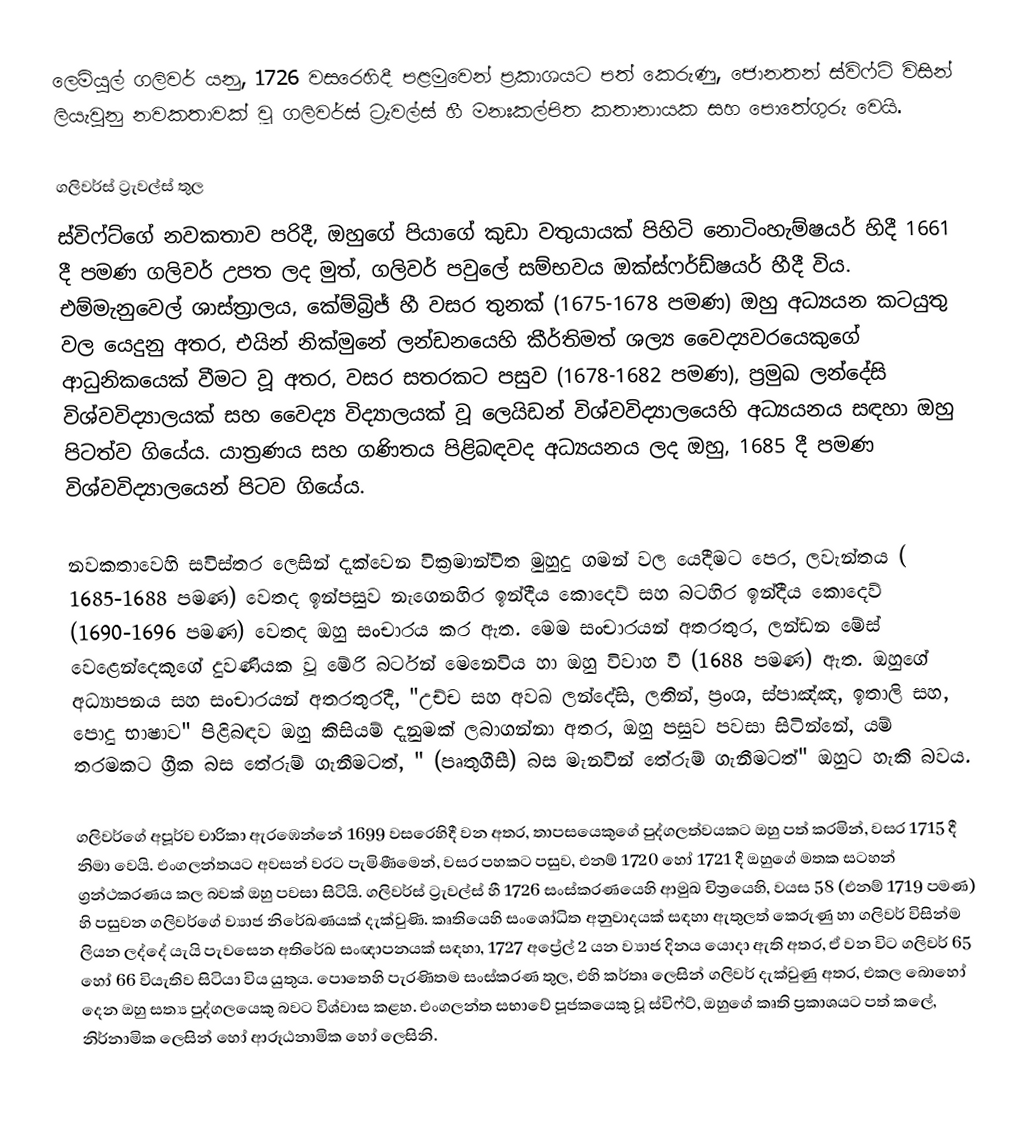
ලෙමියුල් ගලිවර් යනු, 1726 වසරෙහිදී පළමුවෙන් ප්‍රකාශයට පත් කෙරුණු,  ජොනතන් ස්විෆ්ට් විසින් ලියැවුනු නවකතාවක් වූ  ගලිවර්ස් ට්‍රැවල්ස් හී මනඃකල්පිත කතානායක සහ පොතේගුරු වෙයි.

ගලිවර්ස් ට්‍රැවල්ස් තුල
ස්විෆ්ට්ගේ නවකතාව පරිදී, ඔහුගේ පියාගේ කුඩා වතුයායක් පිහිටි නොටිංහැම්ෂයර් හිදී 1661 දී පමණ  ගලිවර් උපත ලද මුත්, ගලිවර් පවුලේ සම්භවය ඔක්ස්ෆර්ඩ්ෂයර් හීදී විය. එම්මැනුවෙල් ශාස්ත්‍රාලය, කේම්බ්‍රිජ් හී වසර තුනක් (1675-1678 පමණ) ඔහු අධ්‍යයන කටයුතු වල යෙදුනු අතර, එයින් නික්මුනේ ලන්ඩනයෙහි  කීර්තිමත් ශල්‍ය වෛද්‍යවරයෙකුගේ ආධුනිකයෙක් වීමට වූ අතර, වසර සතරකට පසුව (1678-1682 පමණ), ප්‍රමුඛ ලන්දේසි විශ්වවිද්‍යාලයක් සහ වෛද්‍ය විද්‍යාලයක් වූ ලෙයිඩන් විශ්වවිද්‍යාලයෙහි අධ්‍යයනය සඳහා ඔහු පිටත්ව ගියේය. යාත්‍රණය සහ ගණිතය පිළිබඳවද අධ්‍යයනය ලද ඔහු, 1685 දී පමණ විශ්වවිද්‍යාලයෙන් පිටව ගියේය.

නවකතාවෙහි සවිස්තර ලෙසින් දැක්වෙන වික්‍රමාන්විත මුහුදු ගමන් වල යෙදීමට පෙර, ලවැන්තය ( 1685-1688 පමණ) වෙතද ඉන්පසුව නැගෙනහිර ඉන්දීය කොදෙව් සහ බටහිර ඉන්දීය කොදෙව් (1690-1696 පමණ) වෙතද ඔහු සංචාරය කර ඇත.  මෙම සංචාරයන් අතරතුර, ලන්ඩන මේස් වෙළෙන්දෙකුගේ දුවණියක වූ   මේරි බර්ටන් මෙනෙවිය හා ඔහු විවාහ වී (1688 පමණ) ඇත.  ඔහුගේ අධ්‍යාපනය සහ සංචාරයන් අතරතුරදී,  "උච්ච සහ අවඛ ලන්දේසි, ලතින්, ප්‍රංශ, ස්පාඤ්ඤ, ඉතාලි සහ, පොදු භාෂාව" පිළිබඳව ඔහු කිසියම් දැනුමක් ලබාගන්නා අතර, ඔහු පසුව පවසා සිටින්නේ, යම් තරමකට ග්‍රීක බස තේරුම් ගැනීමටත්, " (පෘතුගීසී) බස මැනවින් තේරුම් ගැනීමටත්" ඔහුට හැකි බවය.

ගලිවර්ගේ අපූර්ව චාරිකා ඇරඹෙන්නේ  1699 වසරෙහිදී වන අතර, තාපසයෙකුගේ පුද්ගලත්වයකට ඔහු පත් කරමින්, වසර 1715 දී නිමා වෙයි. එංගලන්තයට අවසන් වරට පැමිණීමෙන්, වසර පහකට පසුව, එනම්  1720 හෝ 1721 දී ඔහුගේ මතක සටහන් ග්‍රන්ථකරණය කල බවක් ඔහු පවසා සිටියි. ගලිවර්ස් ට්‍රැවල්ස් හී 1726 සංස්කරණයෙහි ආමුඛ චිත්‍රයෙහි,  වයස  58 (එනම් 1719 පමණ) හි පසුවන ගලිවර්ගේ ව්‍යාජ නිරේඛණයක් දැක්වුණි. කෘතියෙහි සංශෝධිත අනුවාදයක් සඳහා ඇතුලත් කෙරුණු හා ගලිවර් විසින්ම ලියන ලද්දේ යැයි පැවසෙන අති‍රේඛ සංඥාපනයක් සඳහා,  1727 අප්‍රේල් 2 යන ව්‍යාජ දිනය යොදා ඇති අතර, ඒ වන විට ගලිවර්  65 හෝ 66 වියැතිව සිටියා විය යුතුය. පොතෙහි පැරණිතම සංස්කරණ තුල, එහි කර්තෘ ලෙසින් ගලිවර් දැක්වුණු අතර, එකල බොහෝ දෙන ඔහු සත්‍ය පුද්ගලයෙකු බවට විශ්වාස කළහ.  එංගලන්ත සභාවේ පූජක‍යෙකු වූ ස්විෆ්ට්, ඔහුගේ කෘති ප්‍රකාශයට පත් කලේ, නිර්නාමික ‍ලෙසින් හෝ ආරූඨනාමික හෝ ලෙසිනි.